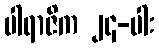
ပါရာဇိက ၂၄-ပါး